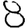
Digit: 8